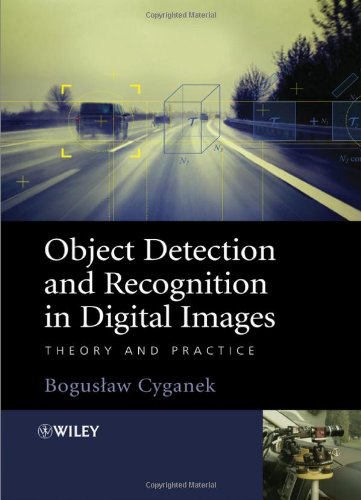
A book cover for Object Detection and Recognition in Digital Images: Theory and Practice; Boguslaw Cyganek; Science & Math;